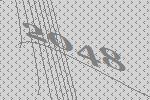
2048